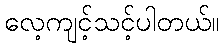
လေ့ကျင့်သင့်ပါတယ်။